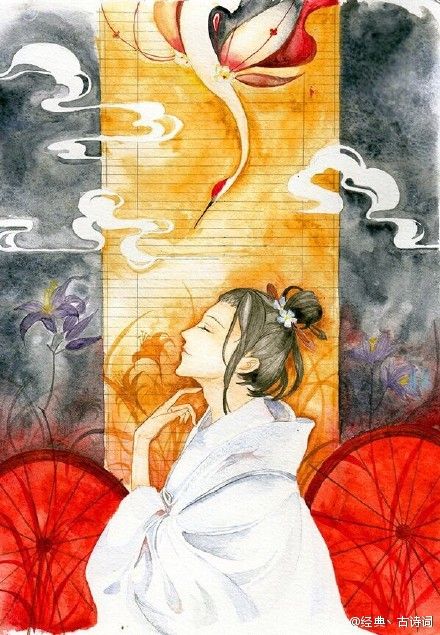
红泪偷垂，满眼春风百事非。